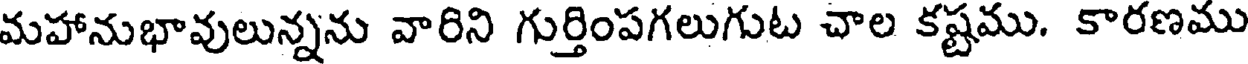
మహానుభావులున్నను వారిని గుర్తింపగలుగుట చాల కష్టము. కారణము